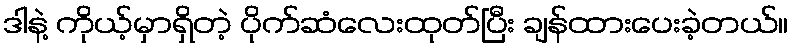
ဒါနဲ့ ကိုယ့်မှာရှိတဲ့ ပိုက်ဆံလေးထုတ်ပြီး ချန်ထားပေးခဲ့တယ်။